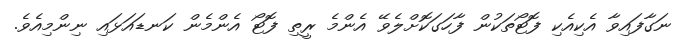
ނަގާފައިވާ އެކިއެކި ފޮޓޯތަކުން ފާހަގަކޮށްލެވޭ އެންމެ ރީތި ފޮޓޯ އެންމެން ކަނޑައަޅައި ނިންމިއެވެ.